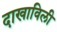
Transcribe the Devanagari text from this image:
दाखाविली